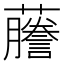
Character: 𬟙